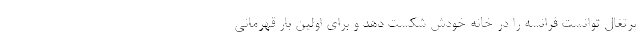
پرتغال توانست فرانسه را در خانه خودش شکست دهد و برای اولین بار قهرمانی